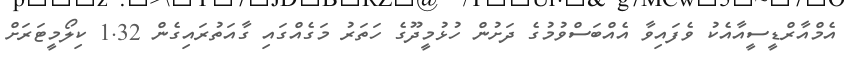
އެމްއާރްޑީސީއާއެކު ވެފައިވާ އެއްބަސްވުމުގެ ދަށުން ހުޅުމީދޫގެ ހަތަރު މަގެއްގައި ގާއަތުރައިގެން 1.32 ކިލޯމީޓަރަށް